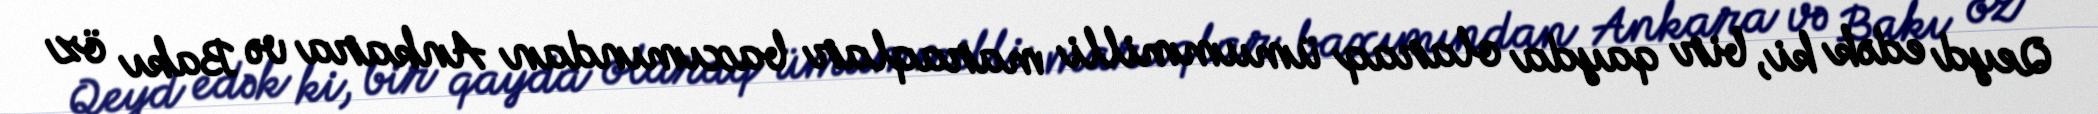
Qeyd edək ki, bir qayda olaraq ümummilli maraqlar baxımından Ankara və Bakı öz